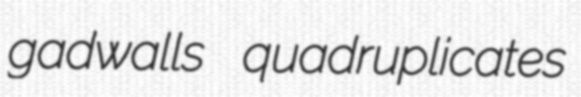
gadwalls quadruplicates